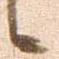
候